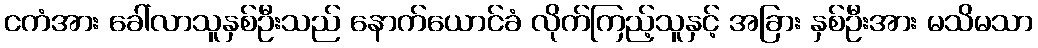
ငကံအား ခေါ်လာသူနှစ်ဦးသည် နောက်ယောင်ခံ လိုက်ကြည့်သူနှင့် အခြား နှစ်ဦးအား မသိမသာ